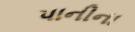
પાનીના